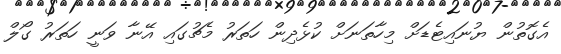
އެގޮތުން ޔުނައިޓެޑަށް މިހާތަނަށް ކުޅެދިން ހަތަރު މެޗުގައި އޭނާ ވަނީ ހަތަރު ގޯލް